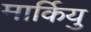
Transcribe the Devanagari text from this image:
मार्कियु